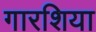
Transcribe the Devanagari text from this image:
गारशिया